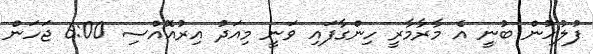
ފުލުހުން ބުނީ އެ މާރާމާރީ ހިންގާފައި ވަނީ މިއަދު އިރުއޮއްސި 6:00 ޖަހަން